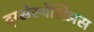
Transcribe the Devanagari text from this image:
द्य्सेस्थेसिअस